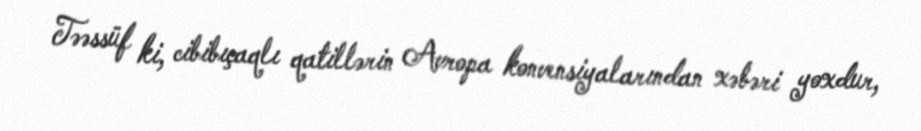
Təəssüf ki, cibibıçaqlı qatillərin Avropa konvensiyalarından xəbəri yoxdur,